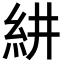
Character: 𮈃